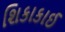
શિકાકાઈ